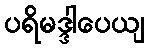
ပရိမဒ္ဒါပေယျ